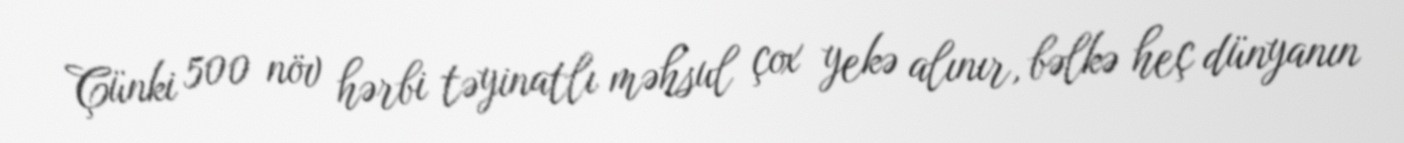
Çünki 500 növ hərbi təyinatlı məhsul çox yekə alınır, bəlkə heç dünyanın